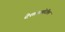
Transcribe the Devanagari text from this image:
देशासमोरील